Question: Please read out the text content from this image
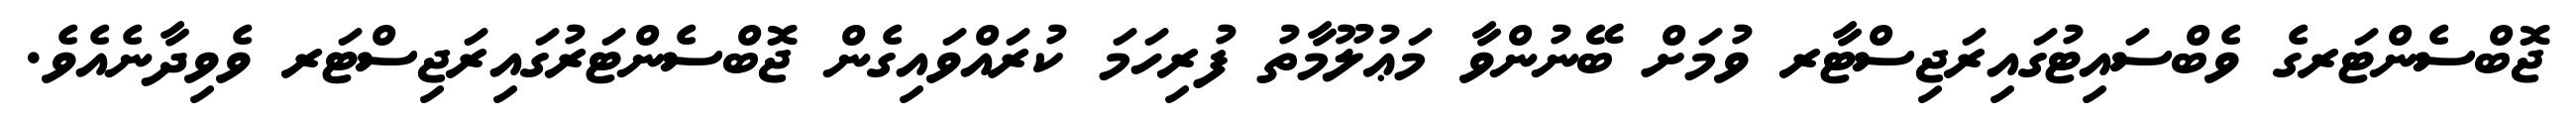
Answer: ޖޮބްސެންޓަރގެ ވެބްސައިޓުގައިރަޖިސްޓާރ ވުމަށް ބޭނުންވާ މަޢުލޫމާތު ފުރިހަމަ ކުރައްވައިގެން ޖޮބްސެންޓަރުގައިރަޖިސްޓަރ ވެވިދާނެއެވެ.